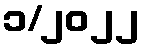
၁/၂၀၂၂